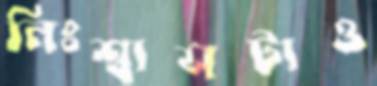
নিঃশ্বাসটাও